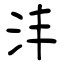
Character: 沣